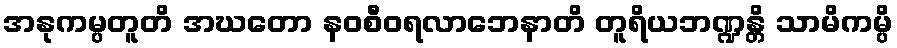
အနုကမ္ပတူတိ အဃတော နဝစီဝရလာဘေနာတိ တူရိယဘဏ္ဍန္တိ သာမိကမ္ပိ